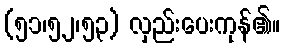
(၅၁၊၅၂၊၅၃) လှည်းပေးကုန်၏။